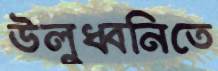
উলুধ্বনিতে